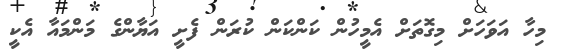
މިހާ އަވަހަށް މިގޮތަށް އެމީހުން ކަންކަން ކުރަން ފެށީ އަޔާންގެ މަންމައާ އެކީ